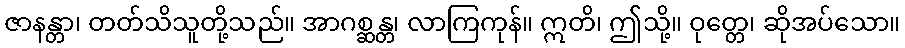
ဇာနန္တာ၊ တတ်သိသူတို့သည်။ အာဂစ္ဆန္တ၊ လာကြကုန်။ ဣတိ၊ ဤသို့။ ဝုတ္တေ၊ ဆိုအပ်သော။